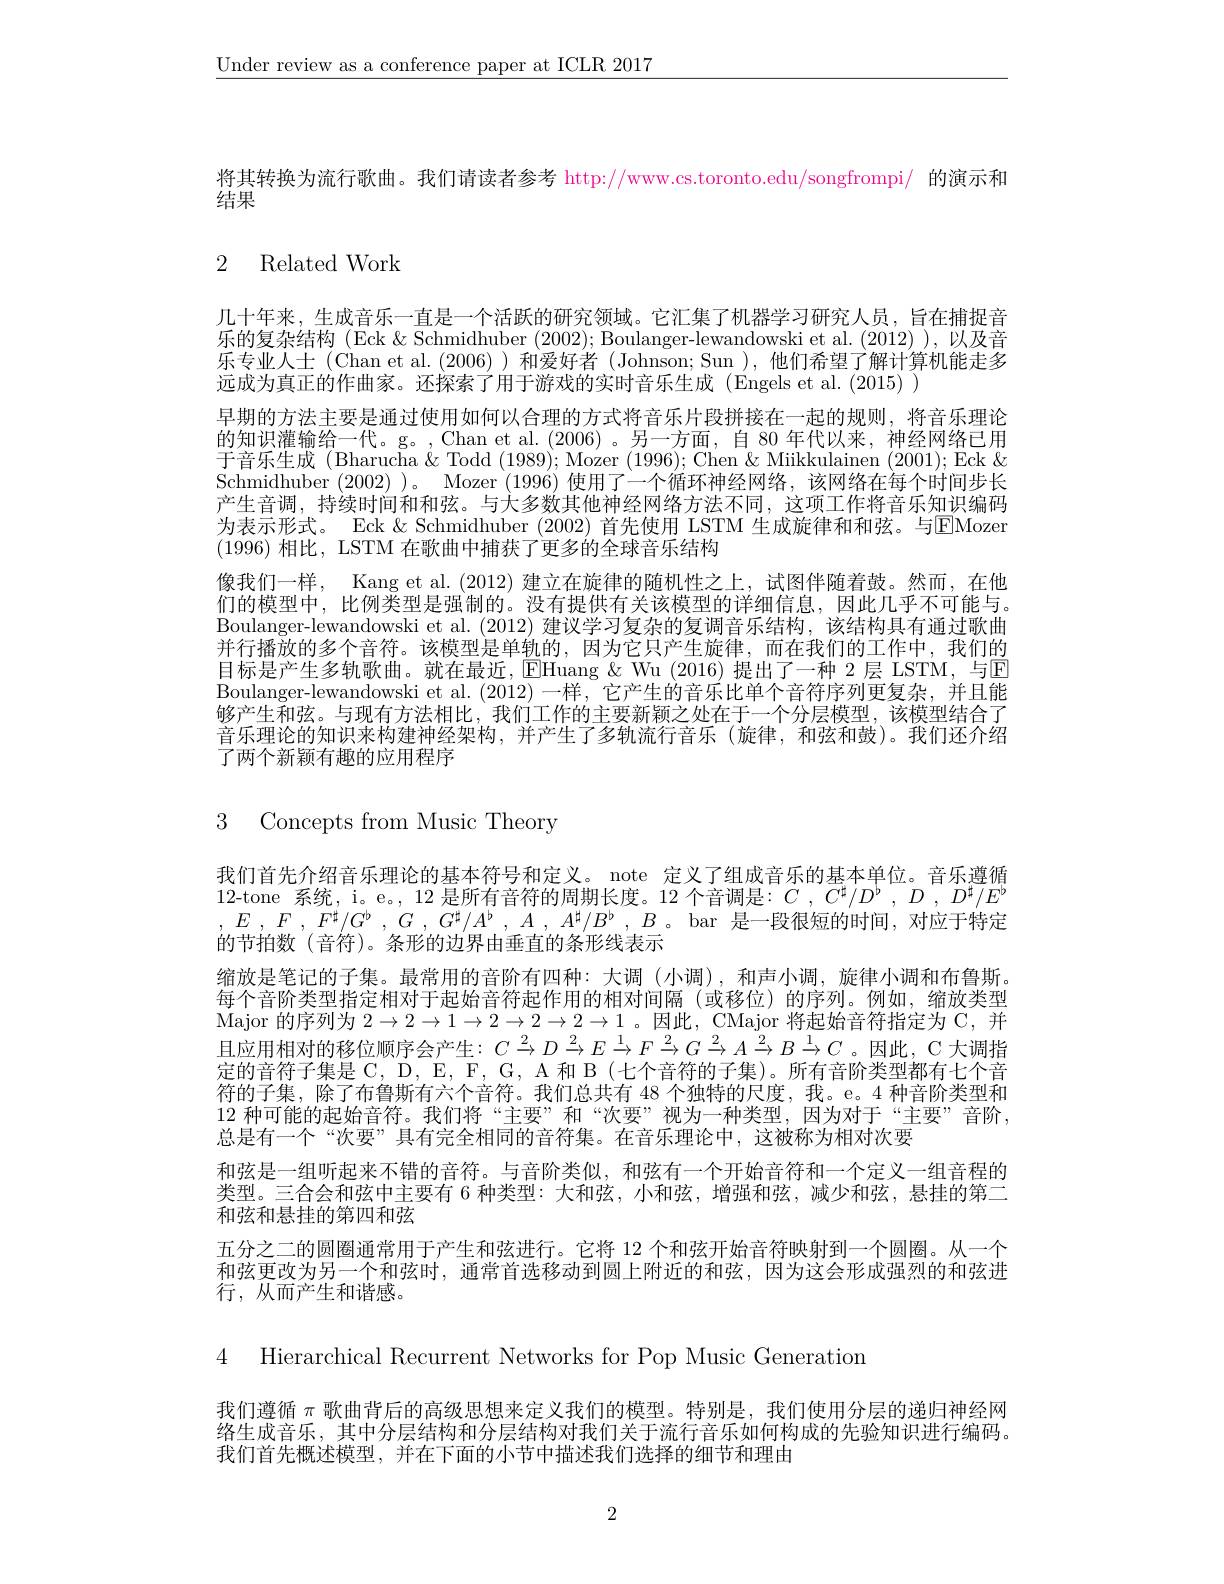
$\underline{\text{Under review as a conference paper at ICLR 2017}}$

将其转换为流行歌曲。我们请读者参考 http://www.cs.toronto.edu/songfrompi/ 的演示和
结果

# 2 Related Work

几十年来，生成音乐一直是一个活跃的研究领域。它汇集了机器学习研究人员，旨在捕捉音乐的复杂结构(Eck &Schmidhuber (2002); Boulanger-lewandowski et al. (2012)),以及音乐专业人士 (Chan et al.(2006))和爱好者(Johnson; Sun),他们希望了解计算机能走多远成为真正的作曲家。还探索了用于游戏的实时音乐生成 (Engels et al. (2015) )
早期的方法主要是通过使用如何以合理的方式将音乐片段拼接在一起的规则，将音乐理论的知识灌输给一代。g。,Chan et al.(2006)。另一方面，自 80 年代以来，神经网络已用于音乐生成 (Bharucha & Todd (1989); Mozer (1996); Chen & Miikkulainen (2001); Eck & Schmidhuber (2002) )。Mozer (1996)使用了一个循环神经网络，该网络在每个时间步长产生音调，持续时间和和弦。与大多数其他神经网络方法不同，这项工作将音乐知识编码为表示形式。Eck $\&$ Schmidhuber (2002) 首先使用 LSTM 生成旋律和和弦。与$\boxed{\mathrm{E}}$Mozer (1996)相比，LSTM 在歌曲中捕获了更多的全球音乐结构
像我们一样，Kang et al.(2012) 建立在旋律的随机性之上，试图伴随着鼓。然而，在他们的模型中，比例类型是强制的。没有提供有关该模型的详细信息，因此几乎不可能与。Boulanger-lewandowski et al. (2012) 建议学习复杂的复调音乐结构，该结构具有通过歌曲并行播放的多个音符。该模型是单轨的，因为它只产生旋律，而在我们的工作中，我们的目标是产生多轨歌曲。就在最近，$\overline{\text{EHuang}\&\text{ Wu(2016)提出了一种 2层 LSTM,与E}}$ Boulanger-lewandowski et al.(2012)一样，它产生的音乐比单个音符序列更复杂，并且能够产生和弦。与现有方法相比，我们工作的主要新颖之处在于一个分层模型，该模型结合了音乐理论的知识来构建神经架构，并产生了多轨流行音乐(旋律，和弦和鼓)。我们还介绍了两个新颖有趣的应用程序

# 3 Concepts from Music Theory

我们首先介绍音乐理论的基本符号和定义。note 定义了组成音乐的基本单位。音乐遵循12-tone 系统，i。e。, 12 是所有音符的周期长度。12 个音调是：$C$ , $C^\sharp/D^\flat,D$ , $D^\sharp/E^\flat$ $, E$ , $F$ , $F^{\sharp }/ G^{\flat }$ , $G$ , $G^{\sharp }/ A^{\flat }$ , $A$ , $A^{\sharp }/ B^{\flat }$ , $B$ 。bar 是一段很短的时间，对应于特定的节拍数(音符)。条形的边界由垂直的条形线表示
缩放是笔记的子集。最常用的音阶有四种：大调(小调),和声小调，旋律小调和布鲁斯。每个音阶类型指定相对于起始音符起作用的相对间隔(或移位)的序列。例如，缩放类型Major 的序列为$2\to2\to1\to2\to2\to2\to1$ 。因此，CMajor 将起始音符指定为 C,并且应用相对的移位顺序会产生$:C\overset{2}{\operatorname*{\to}}D\overset{2}{\operatorname*{\to}}E\overset{1}{\operatorname*{\to}}F\overset{2}{\operatorname*{\to}}G\overset{2}{\operatorname*{\to}}A\overset{2}{\operatorname*{\to}}B\overset{1}{\operatorname*{\to}}C$ 。因此，C 大调指定的音符子集是 C, D, E, F, G, A 和 B (七个音符的子集)。所有音阶类型都有七个音符的子集，除了布鲁斯有六个音符。我们总共有 48 个独特的尺度，我。e。4 种音阶类型和12 种 可 能 的 起 始 音 符 。我 们 将 “ 主 要 ” 和 “ 次 要 ” 视 为 一 种 类 型 , 因 为 对 于 “ 主 要 ” 音 阶 , 总是有一个“次要”具有完全相同的音符集。在音乐理论中，这被称为相对次要
和弦是一组听起来不错的音符。与音阶类似，和弦有一个开始音符和一个定义一组音程的类型。三合会和弦中主要有 6 种类型：大和弦 ,小和弦，增强和弦，减少和弦，悬挂的第二和弦和悬挂的第四和弦
五分之二的圆圈通常用于产生和弦进行。它将 12 个和弦开始音符映射到一个圆圈。从一个和弦更改为另一个和弦时，通常首选移动到圆上附近的和弦，因为这会形成强烈的和弦进行，从而产生和谐感。

4 Hierarchical Recurrent Networks for Pop Music Generation

我们遵循$\pi$歌曲背后的高级思想来定义我们的模型。特别是，我们使用分层的递归神经网络生成音乐，其中分层结构和分层结构对我们关于流行音乐如何构成的先验知识进行编码。我们首先概述模型，并在下面的小节中描述我们选择的细节和理由

2